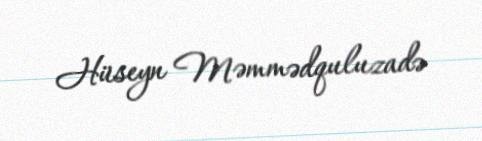
Hüseyn Məmmədquluzadə